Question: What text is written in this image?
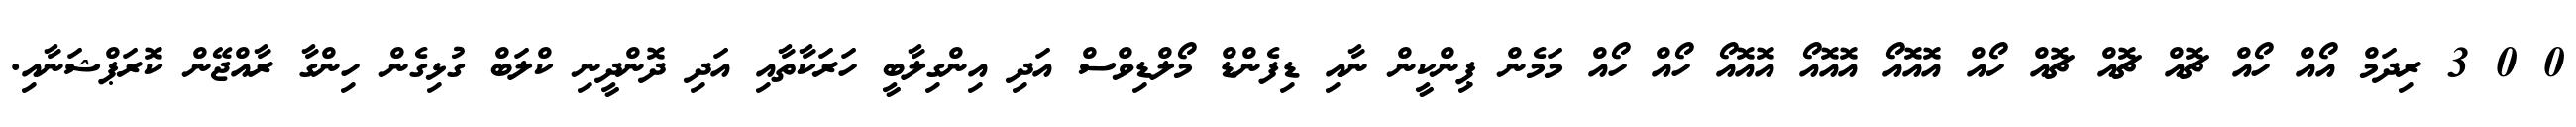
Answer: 0 0 3 ރިދަމް އޯއް ހޯއް ޗޮއް ޗޮއް ޗޮއް ހޯއް އޮއޮއޯ އޮއޮއޯ އޮއޮއޯ ހޯއް ހޯއް މަމެން ޕިންކީން ނާއި ޑިފެންޑް މޯލްޑިވްސް އަދި އިންގިލާބީ ހަރަކާތާއި އަދި ދޮންދީނި ކްލަބް ގުޅިގެން ހިންގާ ރާއްޖޭން ކޮރަޕްޝަނާއި.